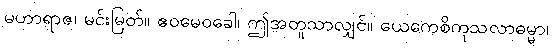
မဟာရာဇ၊ မင်းမြတ်။ ဧဝမေဝခေါ၊ ဤအတူသာလျှင်။ ယေကေစိကုသလာဓမ္မာ၊